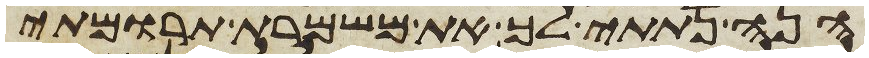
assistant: הנה נתתי לך את משמרת תרומתי